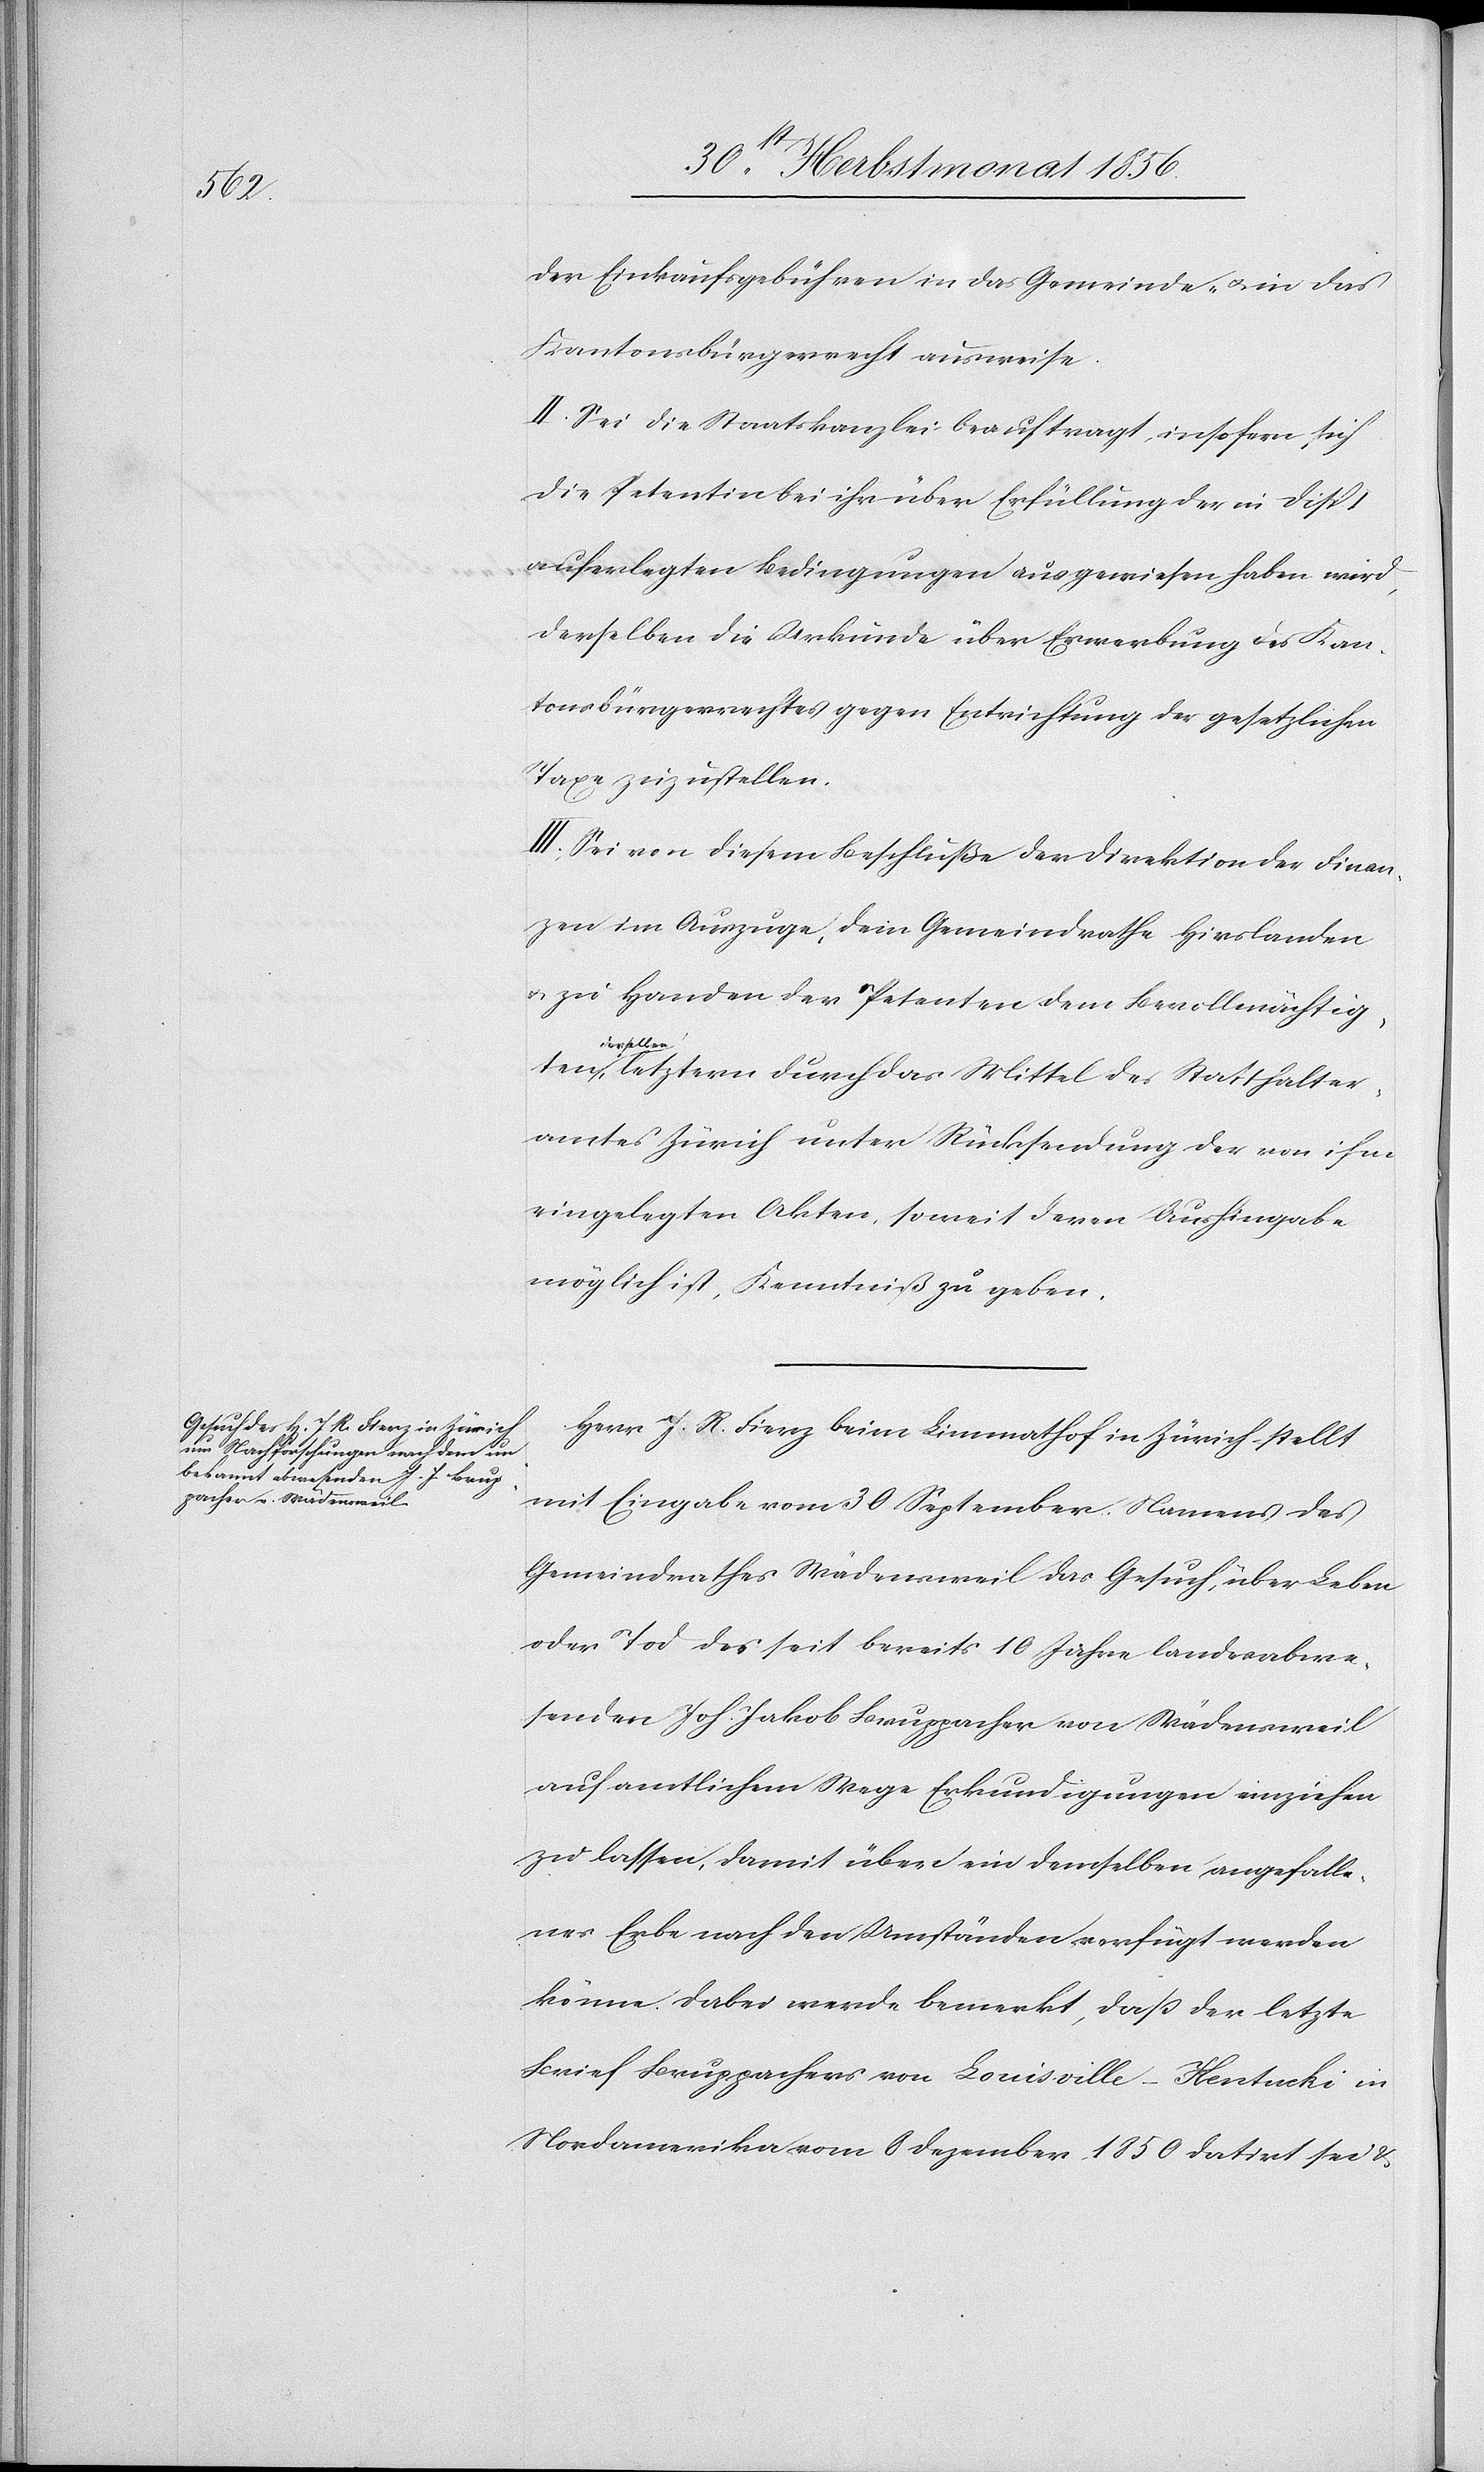
der Einkaufsgebühren in das Gemeinde- u. in das
Kantonsbürgerrecht ausweise.
II. Sei die Staatskanzlei beauftragt, insofern sich
die Petentin bei ihr über Erfüllung der in Disp.
auferlegten Bedingungen ausgewiesen haben wird,
derselben die Urkunde über Erwerbung des Kan¬
tonsbürgerrechtes gegen Entrichtung der gesetzlichen
Taxe zuzustellen.
III. Sei von diesem Beschluße der Direktion der Finan¬
zen im Auszuge, dem Gemeindrathe Hirslanden
u. zu Handen der Petenten dem Bevollmächtigten
letztern durch das Mittel des Statthalter¬
amtes Zürich unter Rücksendung der von ihm
eingelegten Akten, soweit deren Aushingabe
möglich ist, Kenntniß zu geben.
Herr J. R. Fierz beim Limmathof in Zürich stellt
mit Eingabe vom 30 September Namens des
Gemeindrathes Wädensweil das Gesuch, über Leben
oder Tod des seit bereits 10 Jahre landesabwe¬
senden Joh. Jakob Bruppacher von Wädensweil
auf amtlichem Wege Erkundigungen einziehen
zu lassen, damit über ein demselben angefalle¬
nes Erbe nach den Umständen verfügt werden
könne. Dabei werde bemerkt, dass der letzte
Brief Bruppachers von Louisville – Kentucki in
Nordamerika vom 8 Dezember 1850 datirt sei &